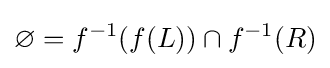
\varnothing =f^{-1}(f(L))\cap f^{-1}(R)